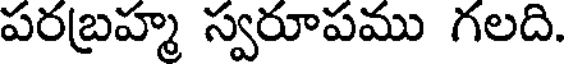
పరబ్రహ్మ స్వరూపము గలది.